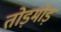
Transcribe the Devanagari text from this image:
तोड़मोड़